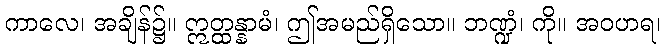
ကာလေ၊ အချိန်၌။ ဣတ္ထန္နာမံ၊ ဤအမည်ရှိသော။ ဘဏ္ဍံ၊ ကို။ အဝဟရ၊